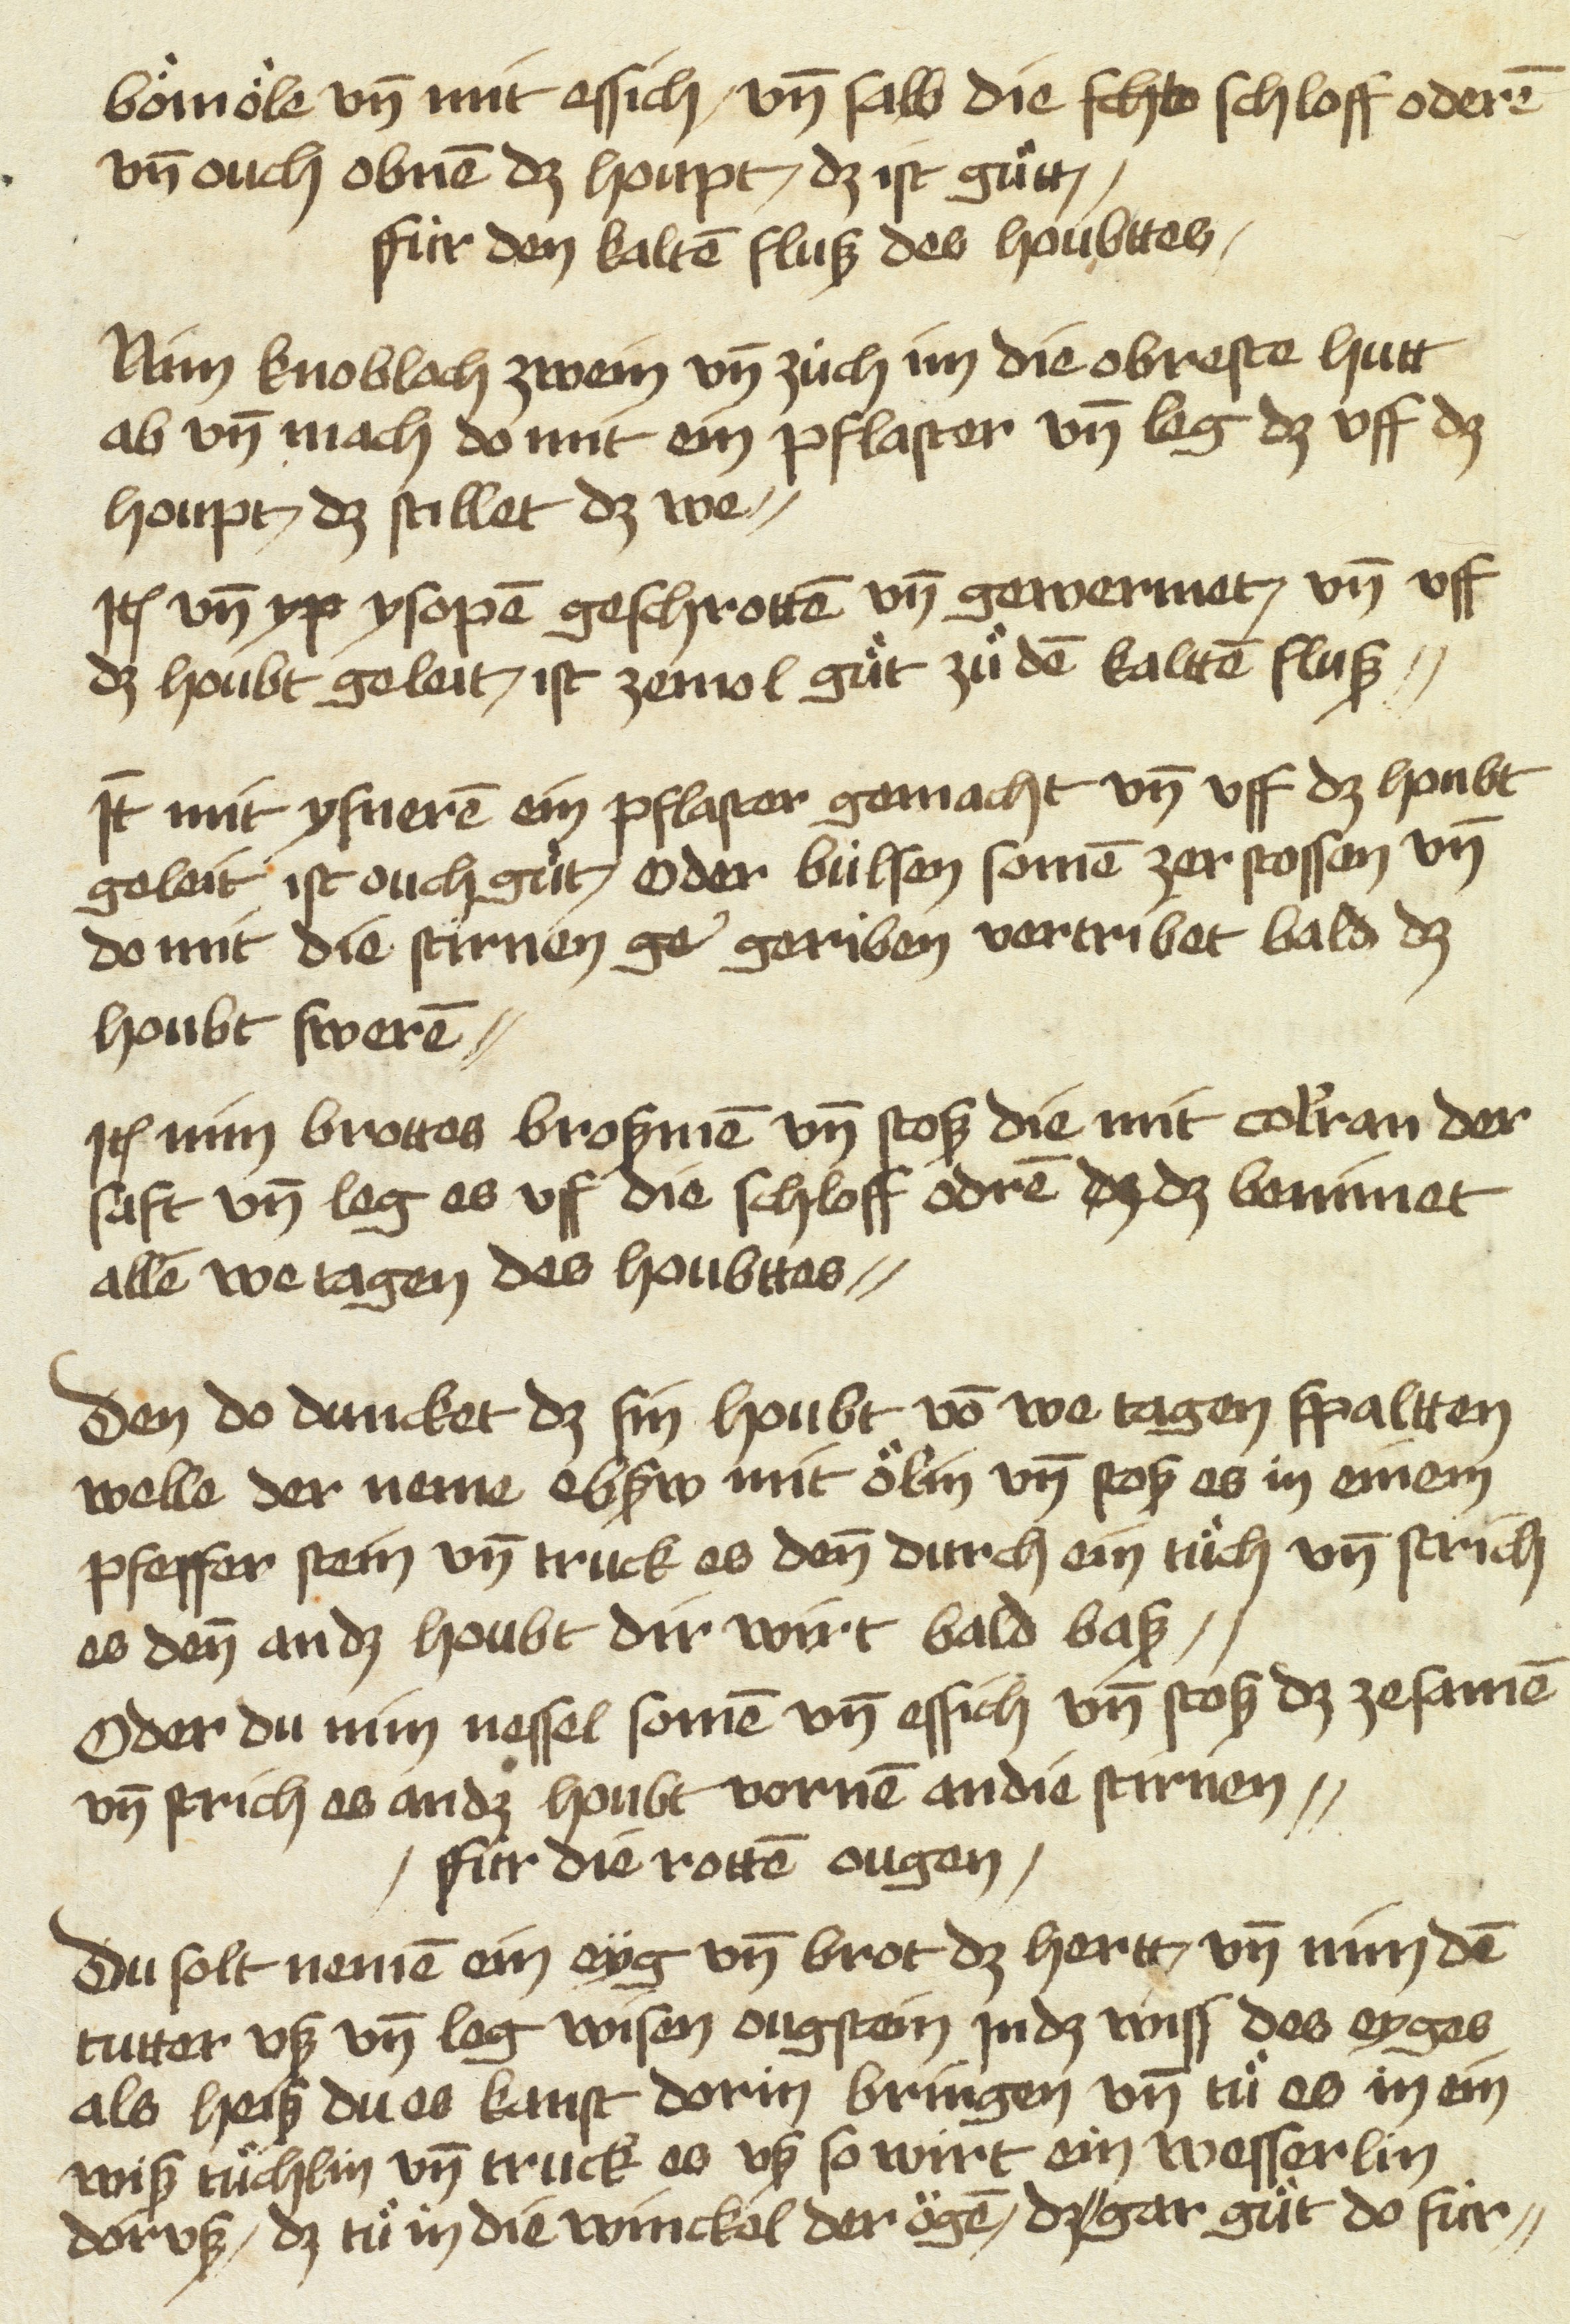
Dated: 1475–1499